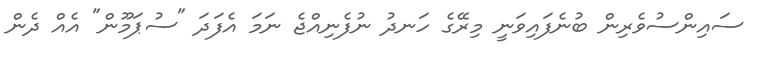
ސައިންސުވެރިން ބުނެފައިވަނީ މިރޭގެ ހަނދު ނުފެނިއްޖެ ނަމަ އެފަދަ "ސުޕަމޫން" އެއް ދެން